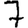
Digit: 7